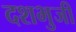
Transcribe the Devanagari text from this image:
दशभुजी